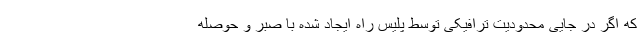
که اگر در جایی محدودیت ترافیکی توسط پلیس راه ایجاد شده با صبر و حوصله